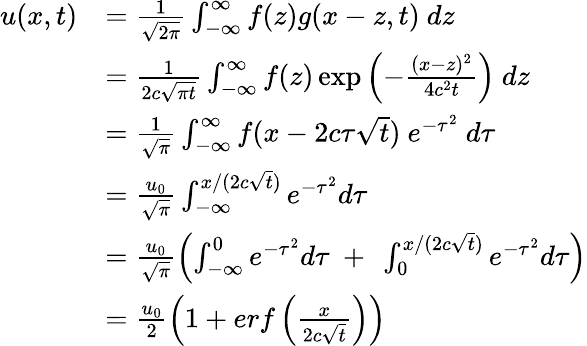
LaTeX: \begin{array}{rl}{u(x,t)}&{=\frac{1}{\sqrt{2\pi}}\int_{-\infty}^{\infty}f(z)g(x-z,t)\ dz}\\ &{=\frac{1}{2c\sqrt{\pi t}}\int_{-\infty}^{\infty}f(z)\exp\left(-\frac{(x-z)^{2}}{4c^{2}t}\right)\ dz}\\ &{=\frac{1}{\sqrt{\pi}}\int_{-\infty}^{\infty}f(x-2c\tau\sqrt{t})\ e^{-\tau^{2}}\ d\tau}\\ &{=\frac{u_{0}}{\sqrt{\pi}}\int_{-\infty}^{x/(2c\sqrt{t})}e^{-\tau^{2}}d\tau}\\ &{=\frac{u_{0}}{\sqrt{\pi}}\left(\int_{-\infty}^{0}e^{-\tau^{2}}d\tau\ +\ \int_{0}^{x/(2c\sqrt{t})}e^{-\tau^{2}}d\tau\right)}\\ &{=\frac{u_{0}}{2}\left(1+erf\left(\frac{x}{2c\sqrt{t}}\right)\right)}\end{array}